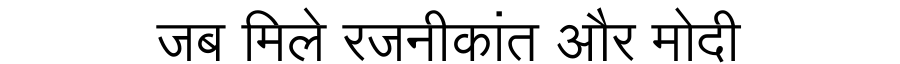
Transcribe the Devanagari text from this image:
जब मिले रजनीकांत और मोदी